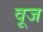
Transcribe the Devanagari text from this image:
वूज